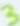
Text: 3